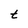
Character: t